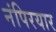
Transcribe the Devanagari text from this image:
नंपिरयार